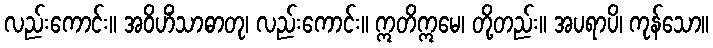
လည်းကောင်း။ အဝိဟိံသာဓာတု၊ လည်းကောင်း။ ဣတိဣမေ၊ တို့တည်း။ အပရာပိ၊ ကုန်သော။